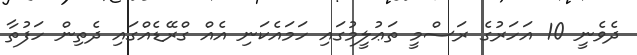
ދެވެނީ 10 އަހަރުގެ ރަސްމީ ތަޢުލީމުގައި ހަމައެކަނި އެއް ގްރޭޑެއްގައި ދެތިން ހަފުތާ